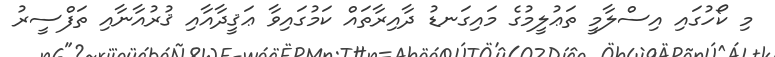
މި ކޯހުގައި އިސްލާމީ ތަޢުލީމުގެ މައިގަނޑު ދާއިރާތައް ކަމުގައިވާ ޢަޤީދާއާއި ޤުރުއާނާއި ތަފްސީރު